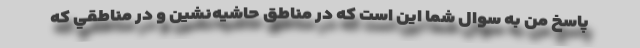
پاسخ من به سوال شما اين است كه در مناطق حاشيه‌نشين و در مناطقي كه